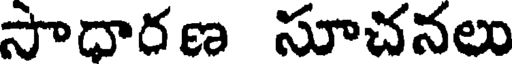
సాధారణ సూచనలు